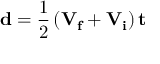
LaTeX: \mathbf { d } = { \frac { 1 } { 2 } } \left( \mathbf { V _ { f } } + \mathbf { V _ { i } } \right) \mathbf { t }